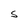
Character: S